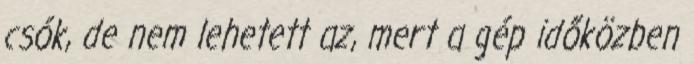
csók, de nem lehetett az, mert a gép időközben